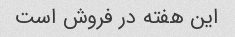
این هفته در فروش است